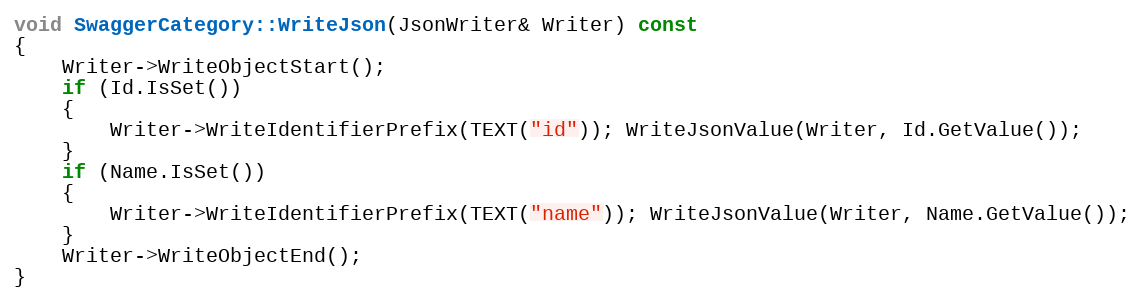
Language: C++
void SwaggerCategory::WriteJson(JsonWriter& Writer) const
{
	Writer->WriteObjectStart();
	if (Id.IsSet())
	{
		Writer->WriteIdentifierPrefix(TEXT("id")); WriteJsonValue(Writer, Id.GetValue());
	}
	if (Name.IsSet())
	{
		Writer->WriteIdentifierPrefix(TEXT("name")); WriteJsonValue(Writer, Name.GetValue());
	}
	Writer->WriteObjectEnd();
}